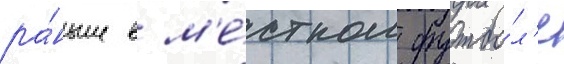
ра́ньше в м'е́стном футбо́л'е